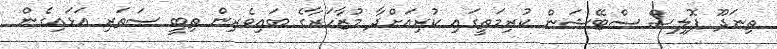
ތިނަދޫ ޕޮލިސް ސްޓޭޝަން ކުރިމަތީގައި ކުރިއަށްދާ މުޒާހަރާގެ ބައިވެރިން ތިބީ ސަތަރި އަޅައިގެން